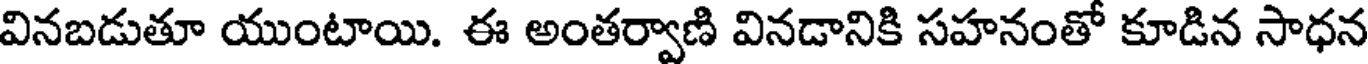
వినబడుతూ యుంటాయి. ఈ అంతర్వాణి వినడానికి సహనంతో కూడిన సాధన